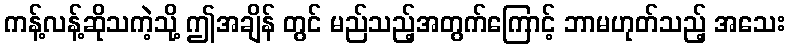
ကန့်လန့်ဆိုသကဲ့သို့ ဤအချိန် တွင် မည်သည့်အတွက်ကြောင့် ဘာမဟုတ်သည့် အသေး